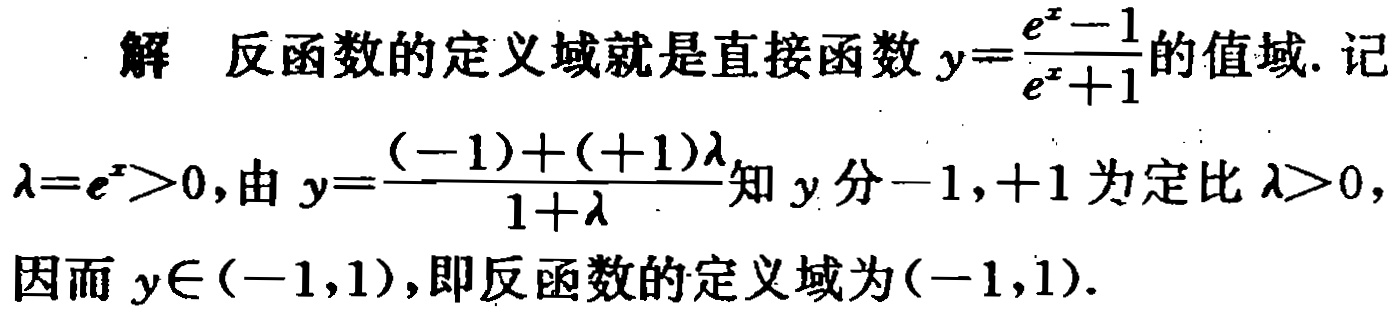
解 反函数的定义域就是直接函数 \(y = \frac{e^{x}-1}{e^{x}+1}\) 的值域. 记
\(\lambda = e^{x}>0\), 由 \(y = \frac{(-1)+( + 1)\lambda}{1+\lambda}\) 知 \(y\) 分 \(-1,+1\) 为定比 \(\lambda>0\),
因而 \(y\in(-1,1)\), 即反函数的定义域为 \((-1,1)\).